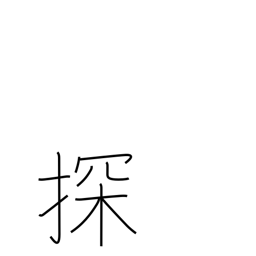
Meaning: search